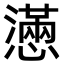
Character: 懣